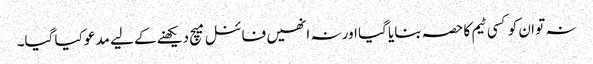
نہ تو ان کو کسی ٹیم کا حصہ بنایا گیا اور نہ انھیں فائنل میچ دیکھنے کے لیے مدعو کیا گیا۔